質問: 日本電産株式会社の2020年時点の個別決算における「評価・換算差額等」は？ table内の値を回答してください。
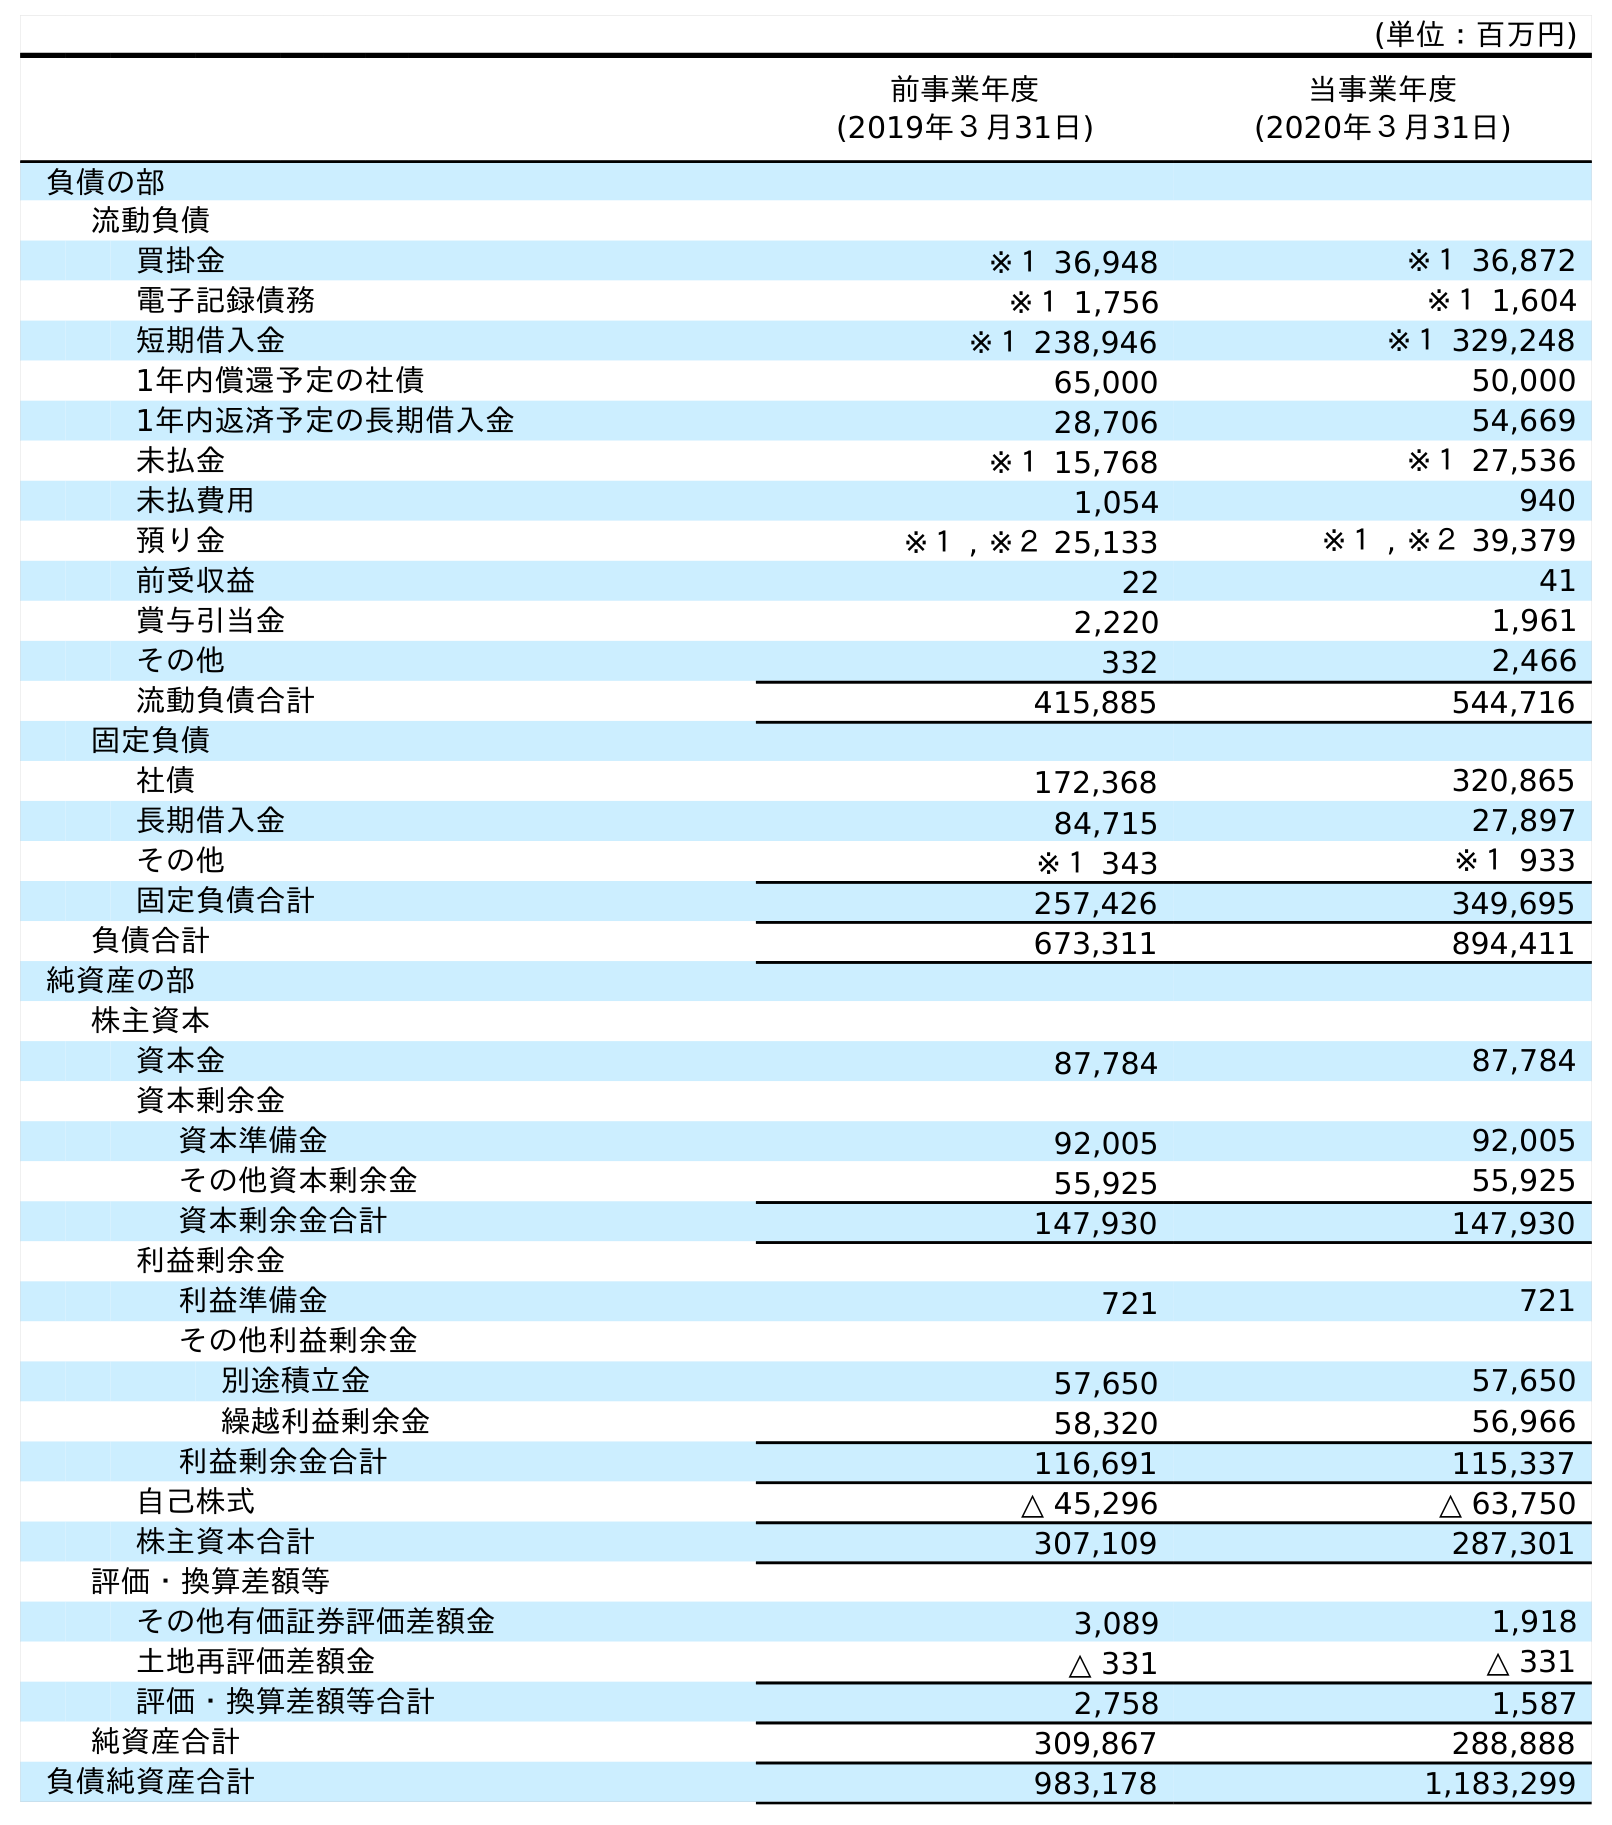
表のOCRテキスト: (単位：百万円) 前事業年度 (2019年３月31日) 当事業年度 (2020年３月31日) 負債の部 流動負債 買掛金 ※１ 36,948 ※１ 36,872 電子記録債務 ※１ 1,756 ※１ 1,604 短期借入金 ※１ 238,946 ※１ 329,248 1年内償還予定の社債 65,000 50,000 1年内返済予定の長期借入金 28,706 54,669 未払金 ※１ 15,768 ※１ 27,536 未払費用 1,054 940 預り金 ※１ , ※２ 25,133 ※１ , ※２ 39,379 前受収益 22 41 賞与引当金 2,220 1,961 その他 332 2,466 流動負債合計 415,885 544,716 固定負債 社債 172,368 320,865 長期借入金 84,715 27,897 その他 ※１ 343 ※１ 933 固定負債合計 257,426 349,695 負債合計 673,311 894,411 純資産の部 株主資本 資本金 87,784 87,784 資本剰余金 資本準備金 92,005 92,005 その他資本剰余金 55,925 55,925 資本剰余金合計 147,930 147,930 利益剰余金 利益準備金 721 721 その他利益剰余金 別途積立金 57,650 57,650 繰越利益剰余金 58,320 56,966 利益剰余金合計 116,691 115,337 自己株式 △ 45,296 △ 63,750 株主資本合計 307,109 287,301 評価・換算差額等 その他有価証券評価差額金 3,089 1,918 土地再評価差額金 △ 331 △ 331 評価・換算差額等合計 2,758 1,587 純資産合計 309,867 288,888 負債純資産合計 983,178 1,183,299
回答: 1,587